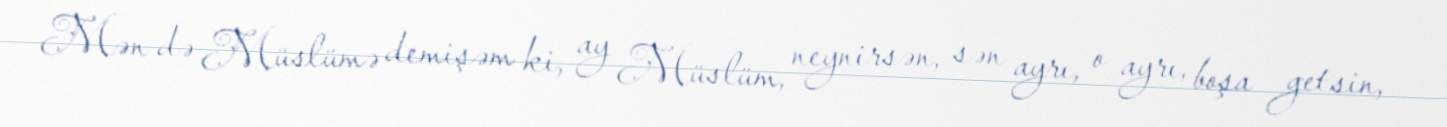
Mən də Müslümə demişəm ki, ay Müslüm, neynirsən, sən ayrı, o ayrı, boşa getsin,